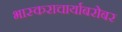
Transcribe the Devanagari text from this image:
भास्कराचार्याबरोबर